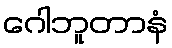
ဂေါဘူတာနံ